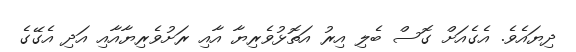
ދިޔައެވެ. އެގެއަށް ގޮސް ބެލި އިރު އަތޮޅުވެރިޔާ އާއި ރަށުވެރިޔާއާއި އަދި އެގޭގެ